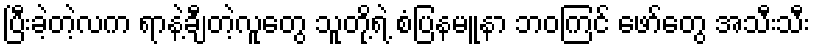
ပြီးခဲ့တဲ့လက ရာနဲ့ချီတဲ့လူတွေ သူတို့ရဲ့ စံပြနမူနာ ဘဝကြင် ဖော်တွေ အသီးသီး